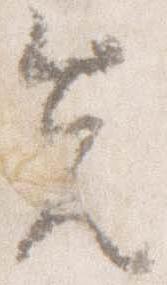
先